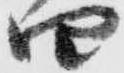
四